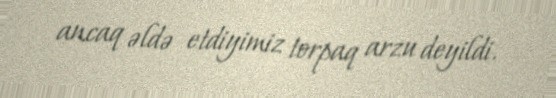
ancaq əldə etdiyimiz torpaq arzu deyildi.